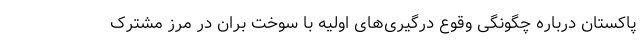
پاکستان درباره چگونگی وقوع درگیری‌های اولیه با سوخت بران در مرز مشترک